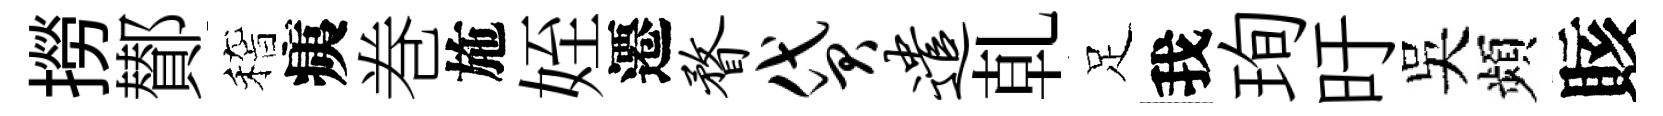
撈鄼稽痍巻施姪遷瞀贷遣乹足我珣旴吴頻賅